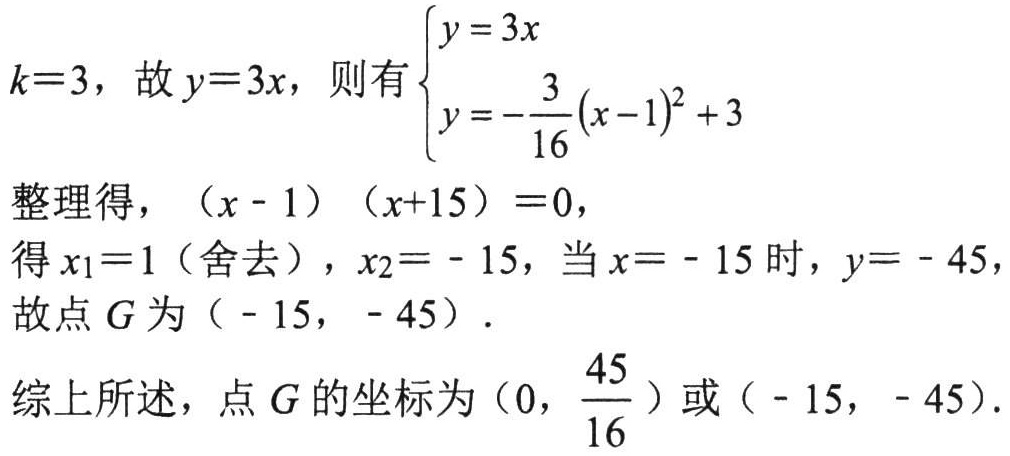
\(k = 3\)，故 \(y = 3x\)，则有\(\begin{cases}y = 3x\\y=-\dfrac{3}{16}(x - 1)^{2}+3\end{cases}\)
整理得，\((x - 1)(x + 15)=0\)，
得 \(x_{1}=1\)（舍去），\(x_{2}=-15\)，当 \(x = - 15\) 时，\(y=-45\)，
故点 \(G\) 为\((-15,-45)\).
综上所述，点 \(G\) 的坐标为\(\left(0,\dfrac{45}{16}\right)\)或\((-15,-45)\).